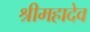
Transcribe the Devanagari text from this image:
श्रीमहादेव